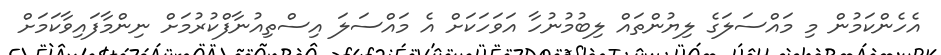
އެހެންކަމުން މި މައްސަލަގެ ލިޔުންތައް ލިބުމުނުހާ އަވަހަކަށް އެ މައްސަލަ އިސްތިއުނާފްކުރުމަށް ނިންމާފައިވާކަމަށް